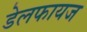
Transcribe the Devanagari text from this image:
डेलफायज